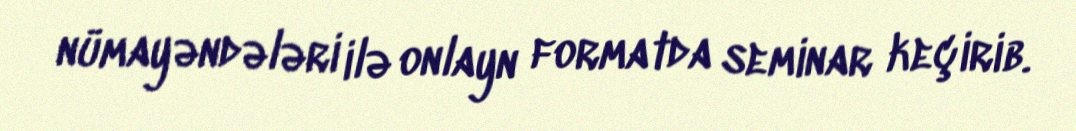
nümayəndələri ilə onlayn formatda seminar keçirib.